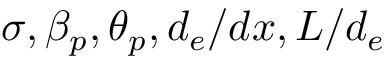
\sigma , \beta _ { p } , \theta _ { p } , d _ { e } / d x , L / d _ { e }